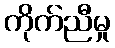
ကိုက်ညီမှု